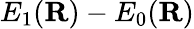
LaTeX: E_{1}({\mathbf{R}})-E_{0}({\mathbf{R}})